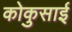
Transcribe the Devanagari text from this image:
कोकुसाई